Leprosy in India: report of the Leprosy Commission in India, 1890-91
Year: 1890
Disease focus: Leprosy
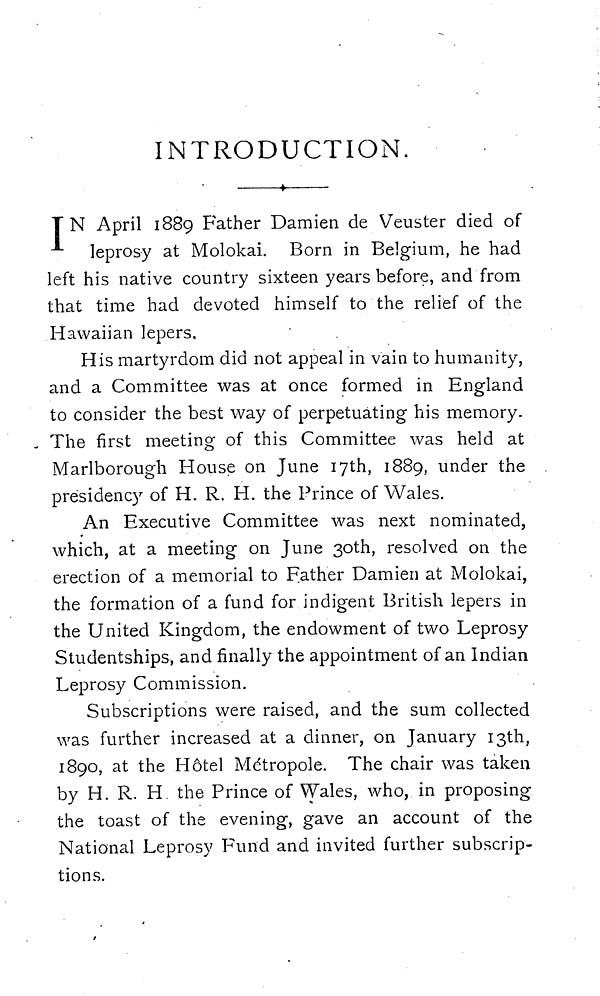
INTRODUCTION.
I N April 1889 Father Damien de Veuster died of
leprosy at Molokai. Born in Belgium, he had
left his native country sixteen years before, and from
that time had devoted himself to the relief of the
Hawaiian lepers.
His martyrdom did not appeal in vain to humanity,
and a Committee was at once formed in England
to consider the best way of perpetuating his memory.
The first meeting of this Committee was held at
Marlborough House on June 17th, 1889, under the
presidency of H. R. H. the Prince of Wales.
An Executive Committee was next nominated,
which, at a meeting on June 30th, resolved on the
erection of a memorial to Father Damien at Molokai,
the formation of a fund for indigent British lepers in
the United Kingdom, the endowment of two Leprosy
Studentships, and finally the appointment of an Indian
Leprosy Commission.
Subscriptions were raised, and the sum collected
was further increased at a dinner, on January 13th,
1890, at the Hôtel Métropole. The chair was taken
by H. R. H the Prince of Wales, who, in proposing
the toast of the evening, gave an account of the
National Leprosy Fund and invited further subscrip-
tions.